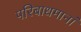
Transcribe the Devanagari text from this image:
परिबाधमानां